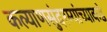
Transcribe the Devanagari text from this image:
कल्याणसुंदरम्यांच्याकडे